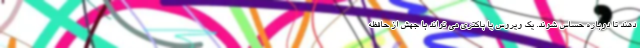
دهند تا دوباره حساس شوند. یک ویروس یا باکتری می تواند با جهش از حافظه